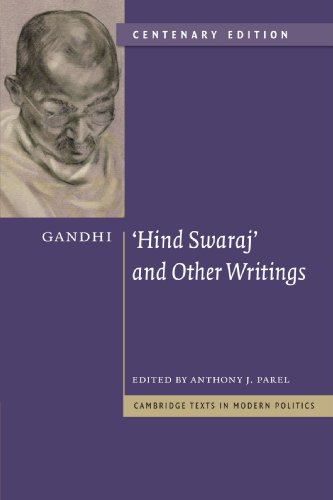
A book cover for Gandhi: 'Hind Swaraj' and Other Writings Centenary Edition (Cambridge Texts in Modern Politics); Mohandas Gandhi; Religion & Spirituality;